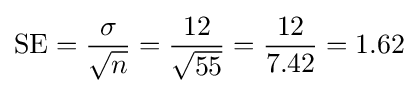
\mathrm {SE} ={\frac {\sigma }{\sqrt {n}}}={\frac {12}{\sqrt {55}}}={\frac {12}{7.42}}=1.62